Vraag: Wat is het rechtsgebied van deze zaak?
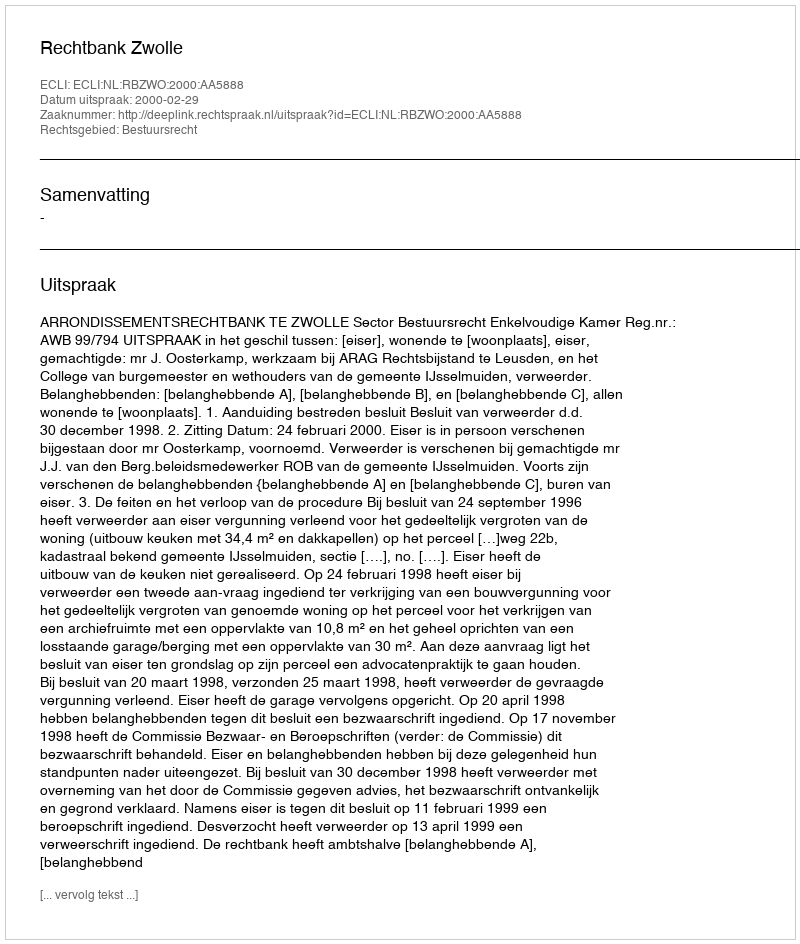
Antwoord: Bestuursrecht